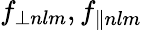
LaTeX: f_{\perp nlm},f_{\parallel nlm}